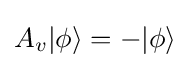
A_{v}|\phi \rangle =-|\phi \rangle